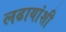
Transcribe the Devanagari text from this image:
लढायांशी